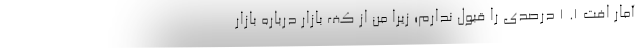
آمار افت ۱. ۱ درصدی را قبول ندارم؛ زیرا من از کف بازار درباره بازار